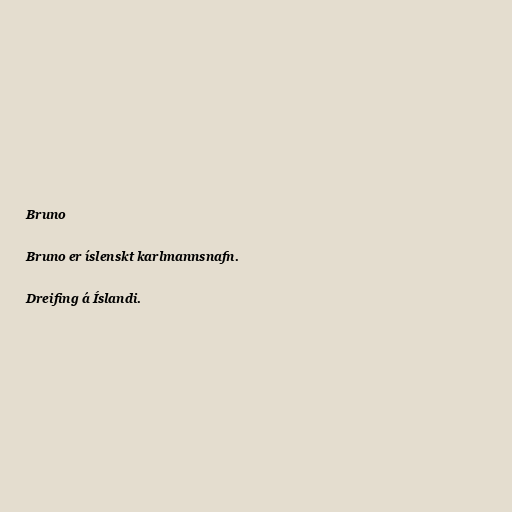
Bruno

Bruno er íslenskt karlmannsnafn.

Dreifing á Íslandi.